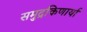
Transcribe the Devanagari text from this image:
समुद्रकिणार्या